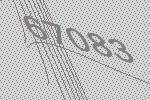
67083